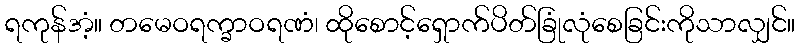
ရကုန်အံ့။ တမေဝရက္ခာဝရဏံ၊ ထိုစောင့်ရှောက်ပိတ်ခြုံလုံစေခြင်းကိုသာလျှင်။